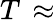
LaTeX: T\, \approx